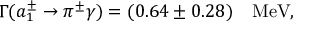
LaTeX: \Gamma ( a _ { 1 } ^ { \pm } \rightarrow \pi ^ { \pm } \gamma ) = ( 0 . 6 4 \pm 0 . 2 8 ) ~ ~ ~ \mathrm { M e V } ,